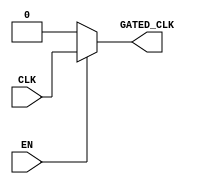
module clock_gating (
    input wire CLK,       // Primary clock signal
    input wire EN,        // Enable signal for clock gating
    output wire GATED_CLK // Gated clock output
);

// Internal signal for the gated clock
wire gated_clk_int;

// Clock gating logic
assign gated_clk_int = EN ? CLK : 1'b0; // Pass CLK when EN is high, otherwise ground it

// Buffer to ensure proper timing and avoid glitches
// This can be replaced with a more complex buffering mechanism based on your timing analysis
assign GATED_CLK = gated_clk_int;

endmodule